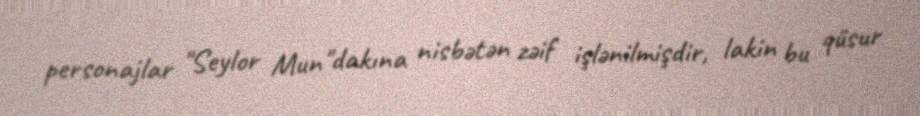
personajlar "Seylor Mun"dakına nisbətən zəif işlənilmişdir, lakin bu qüsur